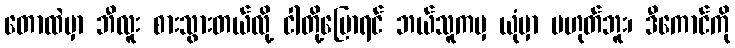
တောထဲမှာ ဘီလူး စားသွားတယ်လို့ ငါတို့ပြောရင် ဘယ်သူကမှ ယုံမှာ မဟုတ်ဘူး၊ ဒီကောင်ကို